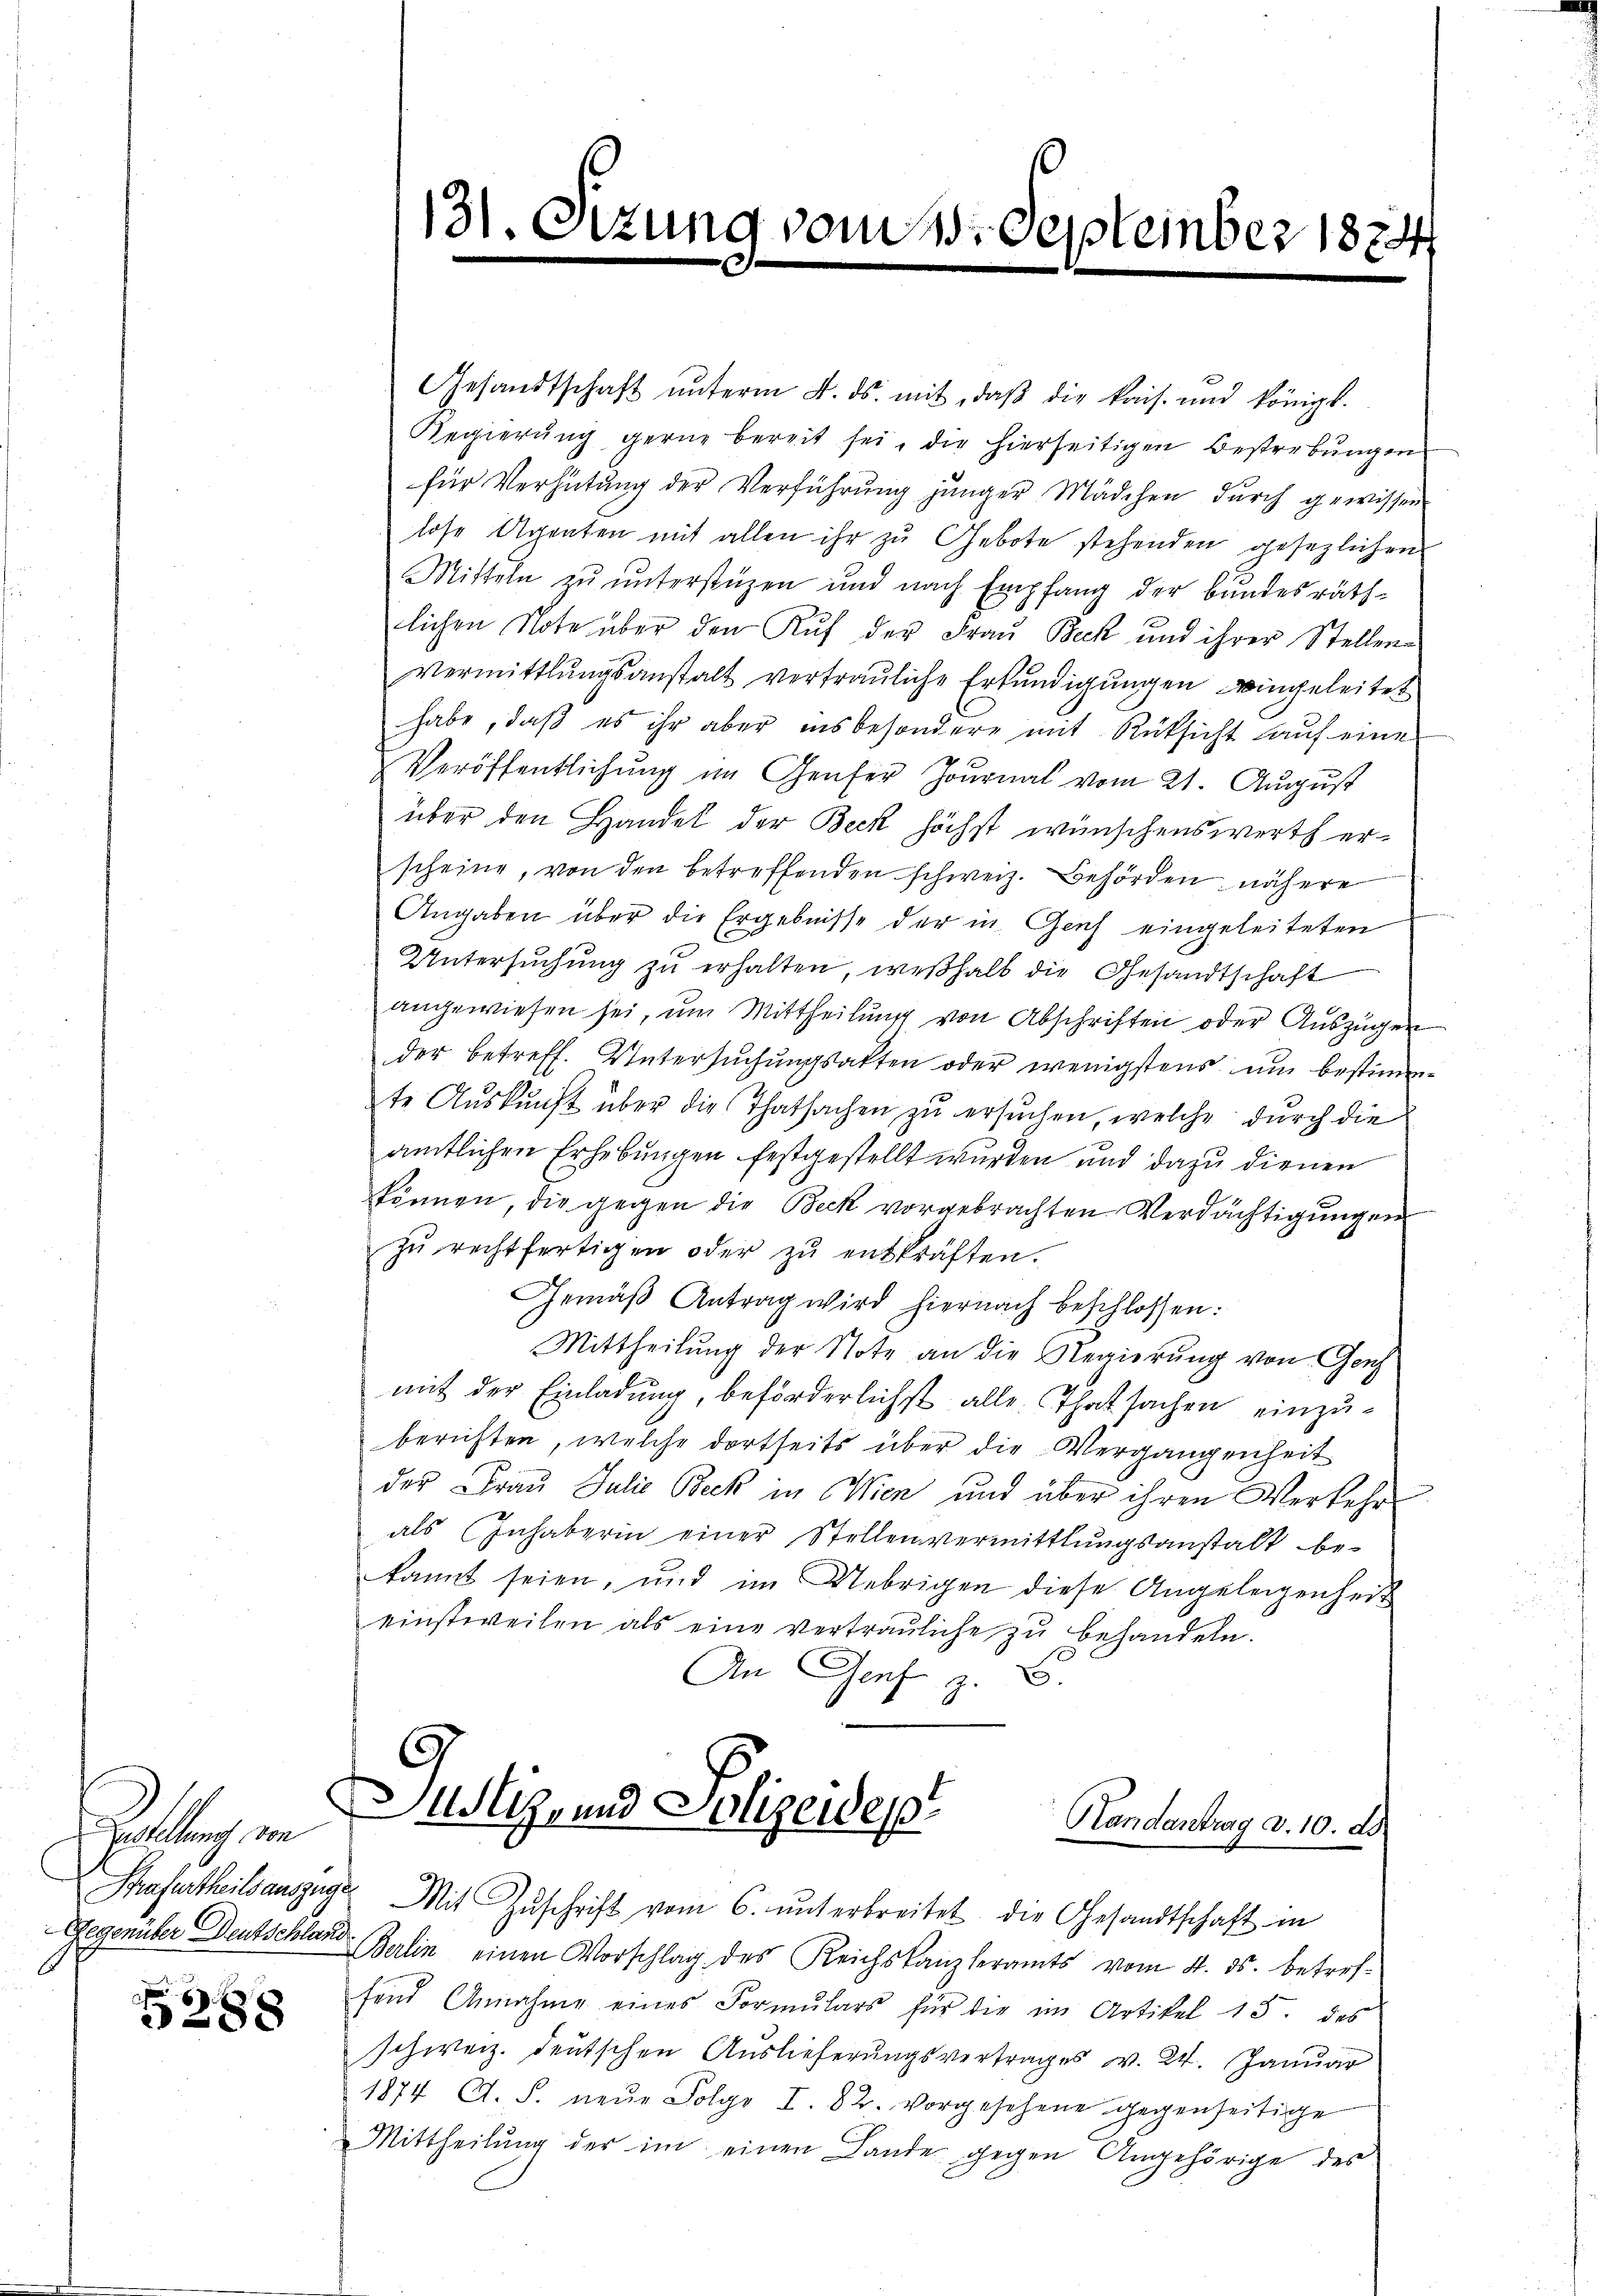
Erstellung von
Strafurtheils auszuge

5288

Gesandtschaft ŭnterm 8. ds. mit, daβ die kais. und königl.
Regierung gerne bereit sei, die hierseitigen Bestrebungen
für Verhütung der Verführung junger Mädchen durch gewissen
lose Agenten mit allen ihr zu Gebote stehenden gesezlichen
Mitteln zu unterstüzen und nach Empfang der bundesräth
lichen Note über den Ruf der Frau Beck und ihrer Stellen
vermittlungsanstalt vertrauliche Erkundigungen eingeleitet
habe, daß es ihr aber insbesondere mit Rücksicht auf eine
Veröffentlichung im Genfer Journal vom 21. August
über den Handel der Beck höchst wünschenswerth erscheine, von den betreffenden schweiz. Behörden nähere
Angaben über die Ergebnisse der in Gach eingeleiteten
Untersŭchŭng zŭ erhalten, weshalb die Gesandtschaft
angewiesen sei, um Mittheilung von Abschriften oder Auszügen
der betreff. Untersŭchŭngsakten oder wenigstens um bestimmte Auskunft über die Thatsachen zu ersuchen, welche durch die
amtlichen Erhebungen festgestellt wurden und dazu dienen
können, die gegen die Beck vorgebrachten Verdächtigungen
zŭ rechtfertigen oder zŭ entkräften.
Gemäß Antrag wird hiernach beschlossen:
Mittheilung der Note an die Regierung von Genf
mit der Einladung, beförderlichst alle Thatsachen einzuberichten, welche dortseits über die Vergangenheit
des Fraŭ Julie Beck in Wien und über ihren Verkehr
als Inhaberin einer Stellenvermittlungsanstalt be-
kannt seien, und im Uebrigen diese Angelegenheit
einstweilen als eine vertraŭliche zŭ behandeln.
An Genf z. B.
Justiz und Polizeidep

131.

ung vom 3. de

Neinber 1874

Handantrag d. 10. d.
Mit Zŭschrift vom 6. unterbreitet die Gesandtschaft in

Gegenüber Deutschler Berlin einen Vorschlag des Reichskanzleramts vom 4. ds. betreffend Annahme eines Formulars für die im Artikel 15. des
schweiz. deutschen Auslieferungsvertrages v. 24. Januar
1874 A. S. neŭe Folge I. 82. vorgesehene gegenseitige
Mittheilŭng der im einen Lande gegen Angehörige des

e